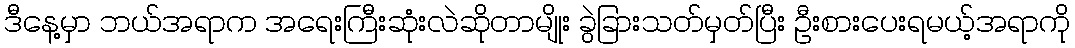
ဒီနေ့မှာ ဘယ်အရာက အရေးကြီးဆုံးလဲဆိုတာမျိုး ခွဲခြားသတ်မှတ်ပြီး ဦးစားပေးရမယ့်အရာကို